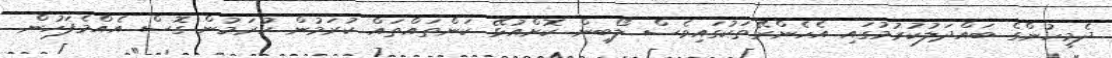
ދެމީހުންގެ ބައްދަލުކުރުމުގައި އެހެންރޭތަކުގައިވެސް ލޯބިން ކޮށްއުޅޭ ކަންތައްތައް ކުރަމުން ކުރަމުން ގޮސް އެއްމެފަހުން